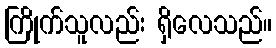
ကြိုက်သူလည်း ရှိလေသည်။